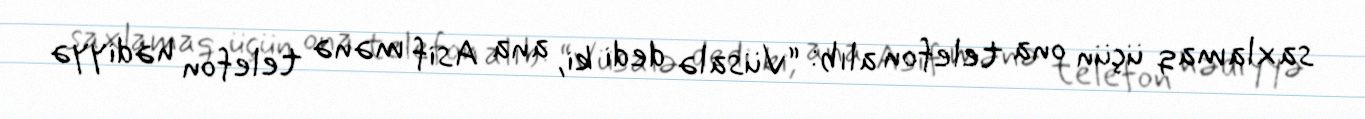
saxlamaq üçün ona telefon alıb: “Vüsalə dedi ki, ana Asif mənə telefon hədiyyə